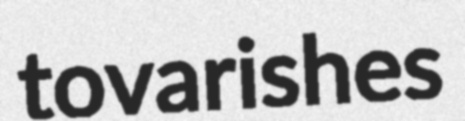
tovarishes